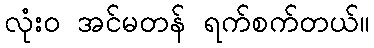
လုံး၀ အင်မတန် ရက်စက်တယ်။